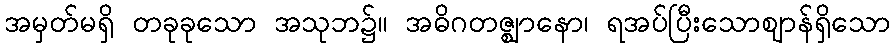
အမှတ်မရှိ တခုခုသော အသုဘ၌။ အဓိဂတဇ္ဈာနော၊ ရအပ်ပြီးသောဈာန်ရှိသော